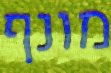
מונף